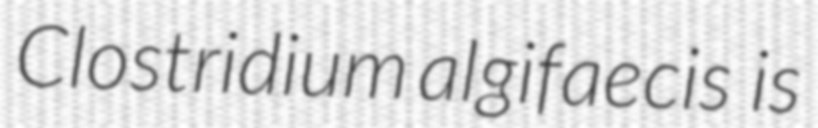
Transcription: Clostridium algifaecis  is